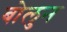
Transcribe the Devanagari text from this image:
बोलुन